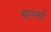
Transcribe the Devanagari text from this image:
ह्यमर्स